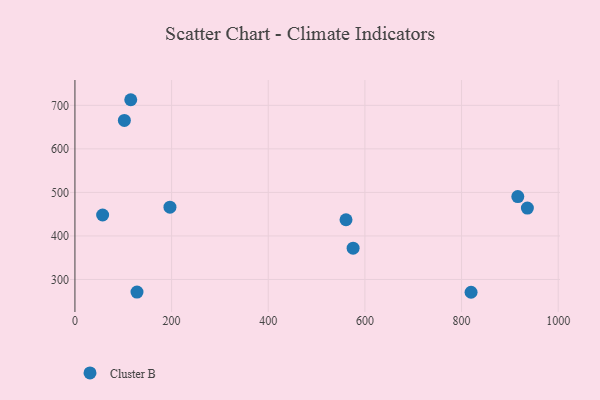
{"axis": {"x": "Speed", "y": "Profit"}, "legend": ["Cluster B"], "data": [{"x": "575.6", "y": 371.8, "type": "Cluster B"}, {"x": "57.3", "y": 448.1, "type": "Cluster B"}, {"x": "916.4", "y": 490.4, "type": "Cluster B"}, {"x": "819.7", "y": 270.6, "type": "Cluster B"}, {"x": "196.6", "y": 466.0, "type": "Cluster B"}, {"x": "936.2", "y": 463.9, "type": "Cluster B"}, {"x": "102.3", "y": 665.4, "type": "Cluster B"}, {"x": "560.9", "y": 437.2, "type": "Cluster B"}, {"x": "115.5", "y": 712.9, "type": "Cluster B"}, {"x": "128.4", "y": 271.0, "type": "Cluster B"}]}